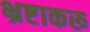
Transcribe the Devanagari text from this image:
भ्रष्टाकरू